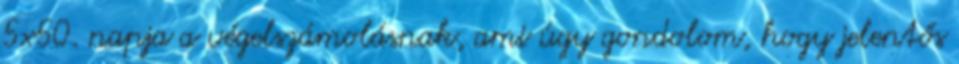
5x50. napja a végelszámolásnak, ami úgy gondolom, hogy jelentős